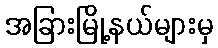
အခြားမြို့နယ်များမှ